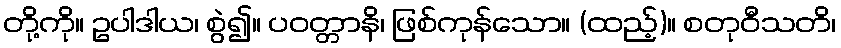
တို့ကို။ ဥပါဒါယ၊ စွဲ၍။ ပဝတ္တာနိ၊ ဖြစ်ကုန်သော။ (ထည့်)။ စတုဝီသတိ၊